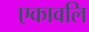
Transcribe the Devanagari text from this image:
एकावलि